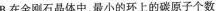
B.在金刚石晶体中，最小的环上的碳原子个数珪晶体中，最小的环上的原子个数